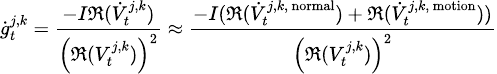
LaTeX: {\scriptsize\dot{g}_{t}^{j,k}=\frac{-I\mathfrak R(\dot{V}_{t}^{j,k})}{\left(\mathfrak R(V_{t}^{j,k})\right)^{2}}\approx\frac{-I(\mathfrak R(\dot{V}_{t}^{j,k,\mathrm{\scriptsize~normal}})+\mathfrak R(\dot{V}_{t}^{j,k,\mathrm{\scriptsize~motion}}))}{\left(\mathfrak R(V_{t}^{j,k})\right)^{2}}}